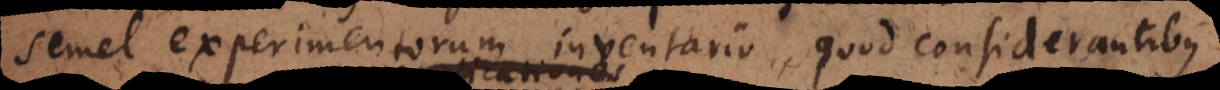
semel experimentorum inventario, quod considerantibus